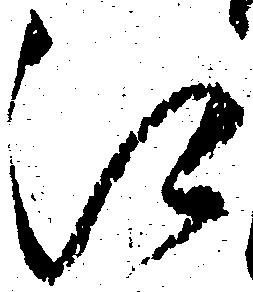
江